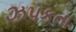
ઝપકતા